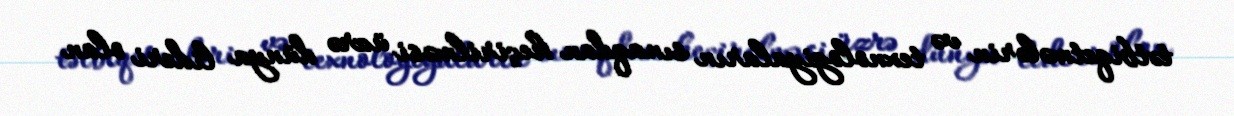
tətbiqetmələrin və texnologiyaların sınaqdan keçirilməsi üzrə dünya lideri olan